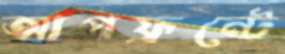
আপফ্রন্টে